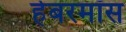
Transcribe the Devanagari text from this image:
हेबरमॉस